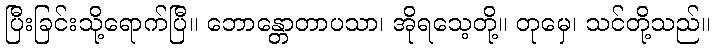
ပြီးခြင်းသို့ရောက်ပြီ။ ဘောန္တောတာပသာ၊ အိုရသေ့တို့။ တုမှေ၊ သင်တို့သည်။